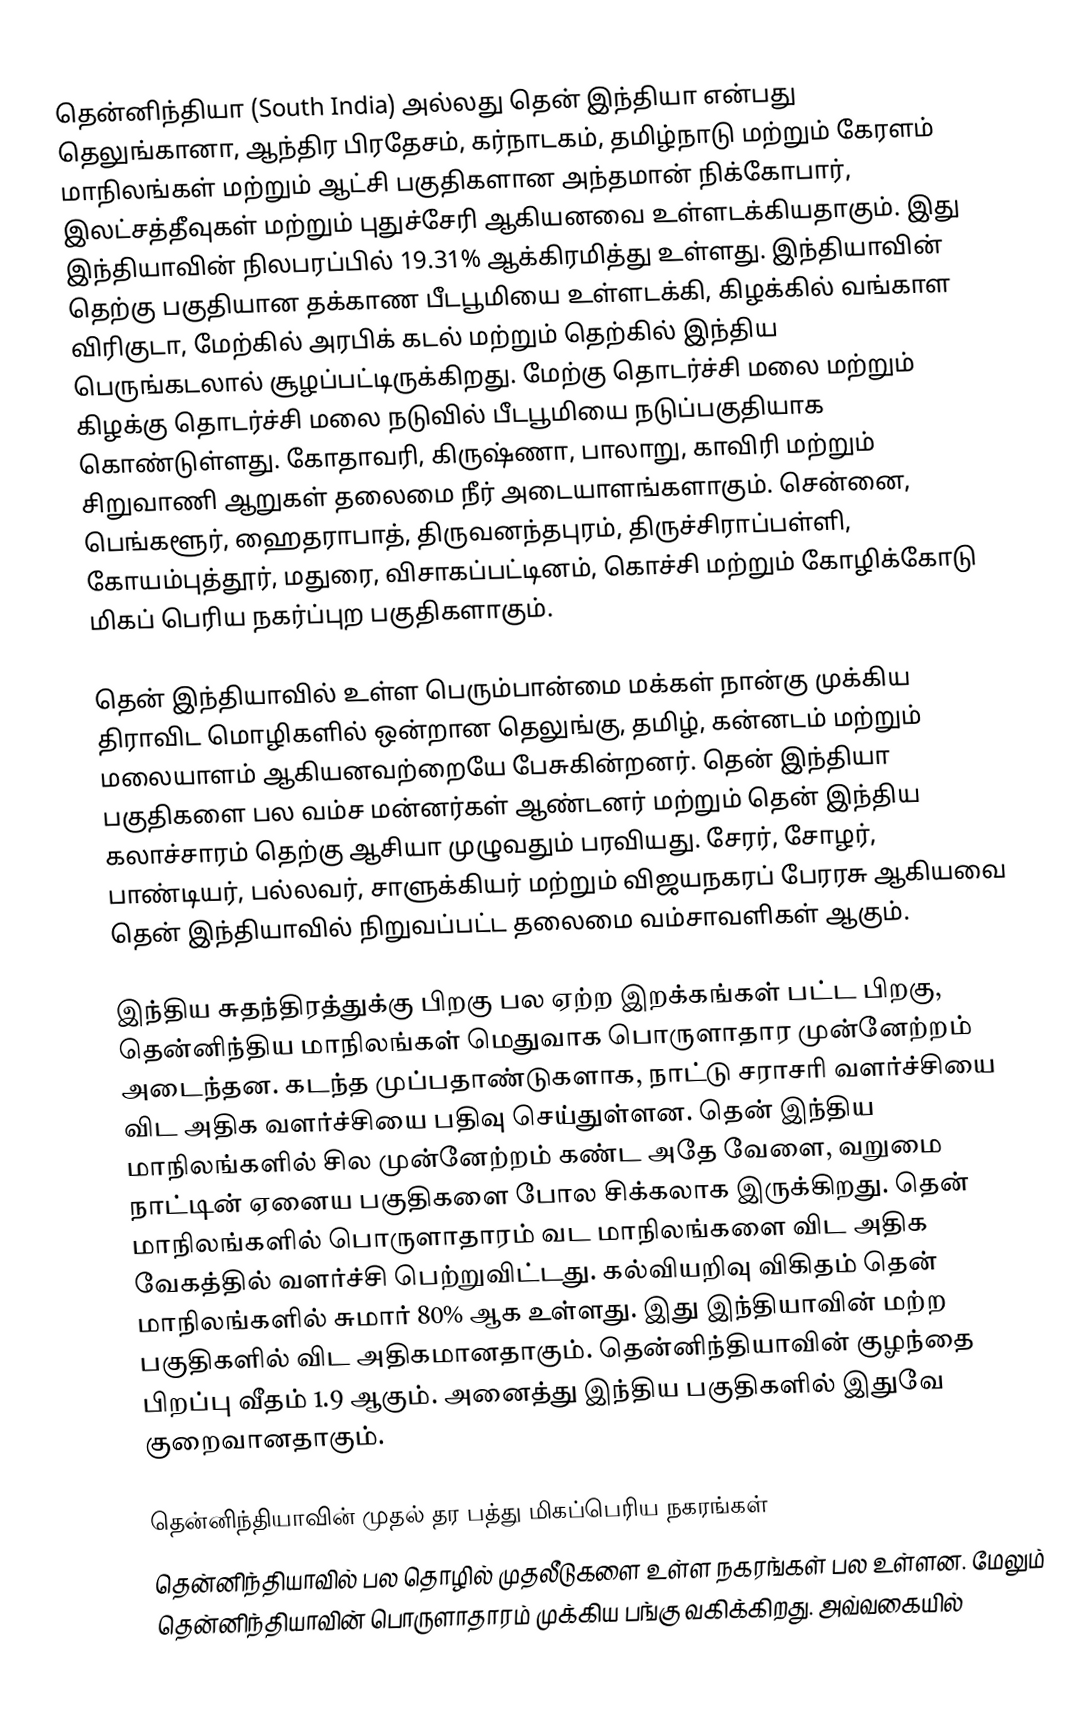
தென்னிந்தியா (South India) அல்லது தென் இந்தியா என்பது தெலுங்கானா, ஆந்திர பிரதேசம், கர்நாடகம், தமிழ்நாடு மற்றும் கேரளம் மாநிலங்கள் மற்றும் ஆட்சி பகுதிகளான அந்தமான் நிக்கோபார்,  இலட்சத்தீவுகள் மற்றும் புதுச்சேரி ஆகியனவை உள்ளடக்கியதாகும். இது இந்தியாவின் நிலபரப்பில் 19.31% ஆக்கிரமித்து உள்ளது. இந்தியாவின் தெற்கு பகுதியான தக்காண பீடபூமியை உள்ளடக்கி, கிழக்கில் வங்காள விரிகுடா, மேற்கில் அரபிக் கடல் மற்றும் தெற்கில் இந்திய பெருங்கடலால் சூழப்பட்டிருக்கிறது. மேற்கு தொடர்ச்சி மலை மற்றும் கிழக்கு தொடர்ச்சி மலை நடுவில் பீடபூமியை நடுப்பகுதியாக கொண்டுள்ளது. கோதாவரி, கிருஷ்ணா, பாலாறு, காவிரி மற்றும் சிறுவாணி ஆறுகள் தலைமை நீர் அடையாளங்களாகும். சென்னை, பெங்களூர், ஹைதராபாத், திருவனந்தபுரம், திருச்சிராப்பள்ளி, கோயம்புத்தூர், மதுரை, விசாகப்பட்டினம், கொச்சி மற்றும் கோழிக்கோடு மிகப் பெரிய நகர்ப்புற பகுதிகளாகும்.

தென் இந்தியாவில் உள்ள பெரும்பான்மை மக்கள் நான்கு முக்கிய திராவிட மொழிகளில் ஒன்றான தெலுங்கு, தமிழ், கன்னடம் மற்றும் மலையாளம் ஆகியனவற்றையே பேசுகின்றனர். தென் இந்தியா பகுதிகளை பல வம்ச மன்னர்கள் ஆண்டனர் மற்றும் தென் இந்திய கலாச்சாரம் தெற்கு ஆசியா முழுவதும் பரவியது. சேரர், சோழர், பாண்டியர், பல்லவர், சாளுக்கியர் மற்றும் விஜயநகரப் பேரரசு ஆகியவை தென் இந்தியாவில் நிறுவப்பட்ட தலைமை வம்சாவளிகள் ஆகும்.

 இந்திய சுதந்திரத்துக்கு பிறகு பல ஏற்ற இறக்கங்கள் பட்ட பிறகு, தென்னிந்திய மாநிலங்கள் மெதுவாக பொருளாதார முன்னேற்றம் அடைந்தன. கடந்த முப்பதாண்டுகளாக, நாட்டு சராசரி வளர்ச்சியை விட அதிக வளர்ச்சியை பதிவு செய்துள்ளன. தென் இந்திய மாநிலங்களில் சில முன்னேற்றம் கண்ட அதே வேளை, வறுமை நாட்டின் ஏனைய பகுதிகளை போல சிக்கலாக இருக்கிறது. தென் மாநிலங்களில் பொருளாதாரம் வட மாநிலங்களை விட அதிக வேகத்தில் வளர்ச்சி பெற்றுவிட்டது.  கல்வியறிவு விகிதம் தென் மாநிலங்களில் சுமார் 80% ஆக உள்ளது. இது இந்தியாவின் மற்ற பகுதிகளில் விட அதிகமானதாகும். தென்னிந்தியாவின் குழந்தை பிறப்பு வீதம் 1.9 ஆகும். அனைத்து இந்திய பகுதிகளில் இதுவே குறைவானதாகும்.

தென்னிந்தியாவின் முதல் தர பத்து மிகப்பெரிய நகரங்கள்
தென்னிந்தியாவில் பல தொழில் முதலீடுகளை உள்ள நகரங்கள் பல உள்ளன. மேலும் தென்னிந்தியாவின் பொருளாதாரம் முக்கிய பங்கு வகிக்கிறது. அவ்வகையில்